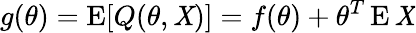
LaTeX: g(\theta)=\operatorname{E}[Q(\theta,\mathit{X})]=f(\theta)+\theta^{T}\operatorname{E}\mathit{X}